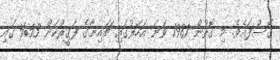
ގޮސްފައެވެ. މި ގޮތުން 1981 ވަނަ އަހަރުގައި ޗައިނާގެ ފަޤީރުކަން 53% ގައި